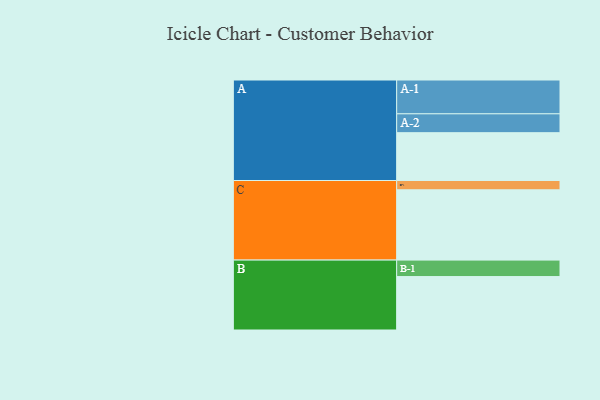
{"axis": {"x": "Segment", "y": "Value"}, "legend": ["", "A", "B", "C"], "data": [{"x": "A", "y": 400, "type": ""}, {"x": "B", "y": 447, "type": ""}, {"x": "C", "y": 588, "type": ""}, {"x": "A-1", "y": 283, "type": "A"}, {"x": "A-2", "y": 158, "type": "A"}, {"x": "B-1", "y": 138, "type": "B"}, {"x": "C-1", "y": 78, "type": "C"}]}